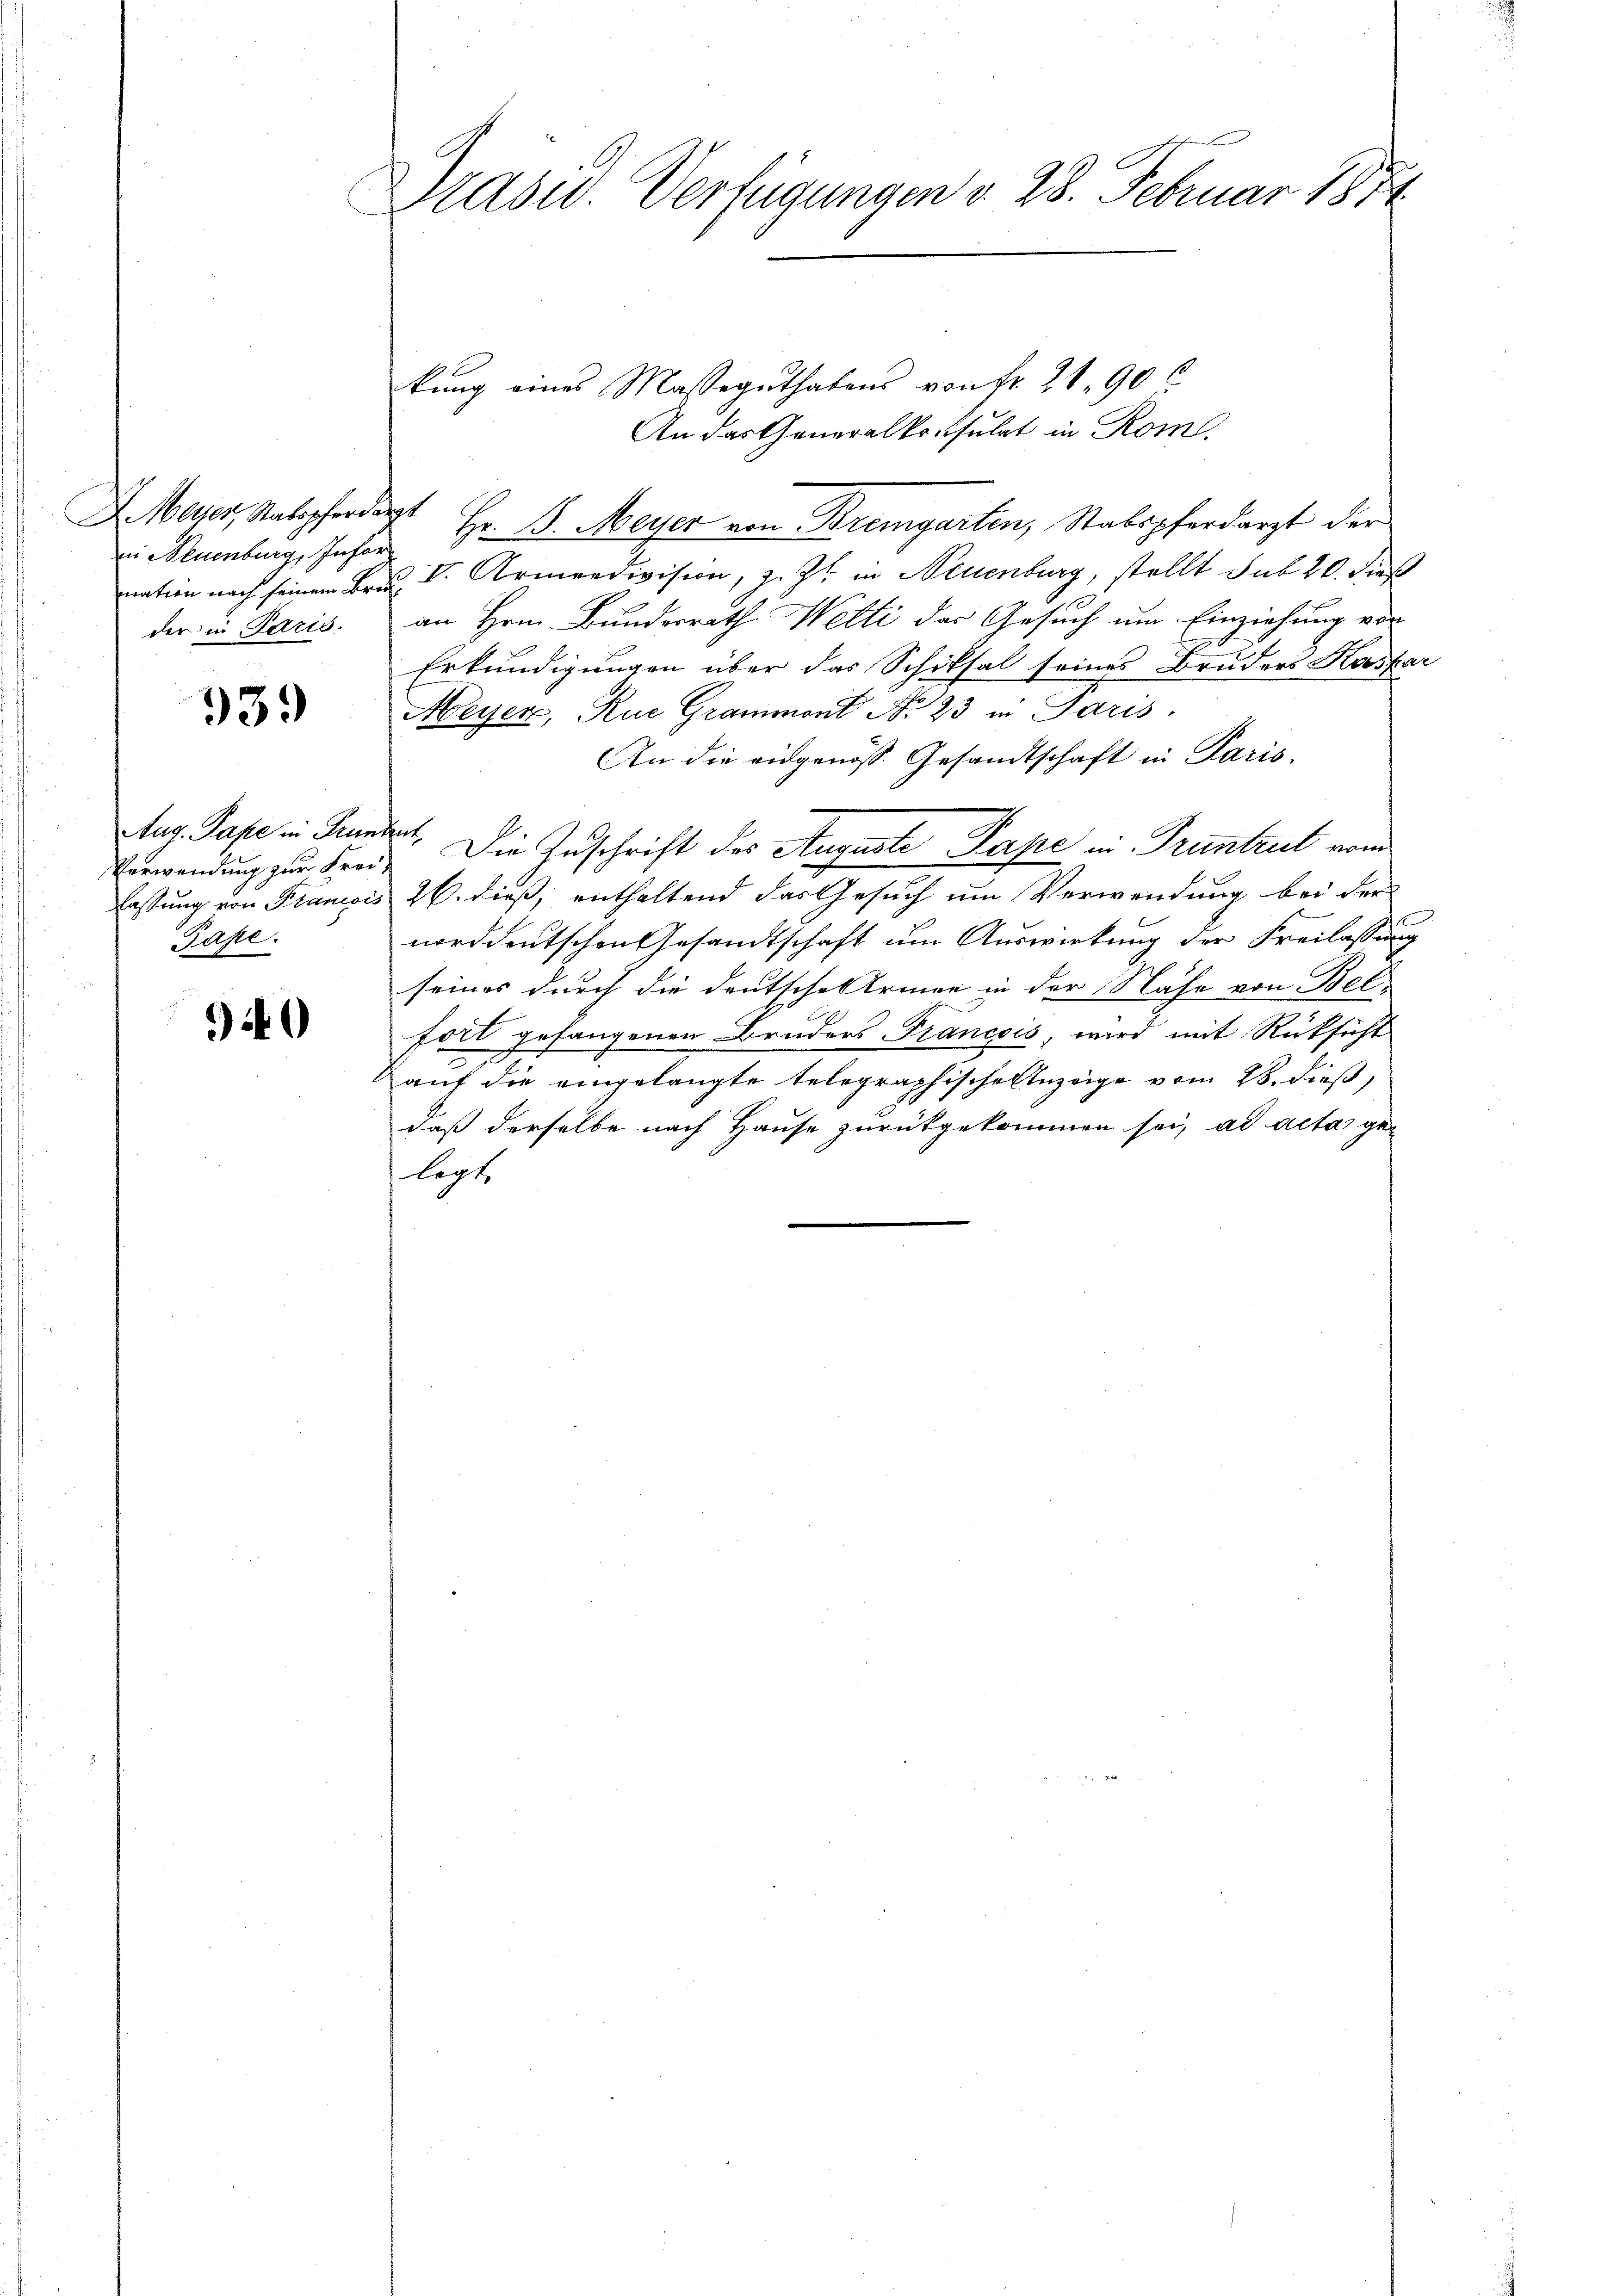
in Neuenburg, Infor
der in Paris.

939

Aug. Pape in Grun
Verwendung zur Frei
lassung von Planesis
Pape.

40

asur. Verfügungen d. 28. Februar 1874

kung eines Masseguthatens von Fr. 21. 90
An das Generalkritsulat in Rom.
AMeier, Ratspferderst Hr. B. Meyer von Bremgarten, Stabspferdarzt der
nation nach seinem Brau. V. Armendivision, z. Zt. in Neuenburg, stellt sub 20. dieß
an Hrn. Bundesrath Welti das Gesuch um Einziehung von
Erkundigungen über das Schiksal seines Bruders Kaspar
Meyer, Rue Grammont No 23 in Paris.
An die eidgenöss. Gesandtschaft in Paris.
dat. Die Zuschrift des Auguste Pape in Pruntrut vom
26. dieß, enthaltend das Gesuch um Verwendung bei der
norddeutschen Gesandtschaft um Auswirkung der Freilassung
seines durch die Deutsche Armee in der Nähe von Belfort gefangenen Bruders Francois, wird mit Rücksicht
auf die eingelangte telegraphische Anzeige vom 28. dieß,
daß derselbe nach Hause zurückgekommen sei, ad acta gelegt